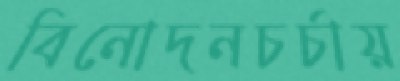
বিনোদনচর্চায়